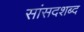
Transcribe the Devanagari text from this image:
सांसदशब्द